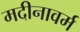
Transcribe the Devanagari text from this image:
मदीनावर्म